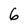
Character: 6